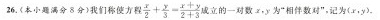
26. (本小题满分8分) 我们称使方程 $$\frac { x } { 2 } + \frac { y } { 3 } =